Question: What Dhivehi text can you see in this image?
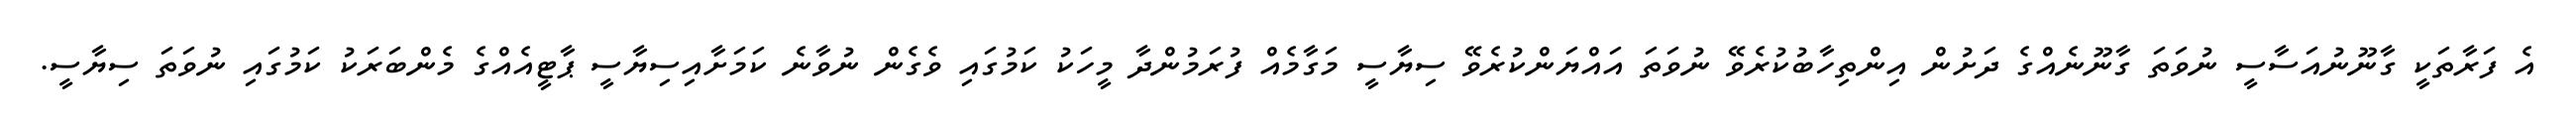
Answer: އެ ފަރާތަކީ ގާނޫނުއަސާސީ ނުވަތަ ގާނޫނެއްގެ ދަށުން އިންތިހާބުކުރެވޭ ނުވަތަ އައްޔަންކުރެވޭ ސިޔާސީ މަގާމެއް ފުރަމުންދާ މީހަކު ކަމުގައި ވެގެން ނުވާނެ ކަމަށާއިސިޔާސީ ޕާޓީއެއްގެ މެންބަރަކު ކަމުގައި ނުވަތަ ސިޔާސީ.